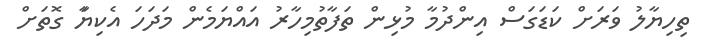
ތިހިޔާލު ވަރަށް ކަޑަގަސް އިންދުމާ މުޅިން ތަފާތުމިހާރު އައްޔަމެން މަދަހަ އެކިޔާަ ގޮތަށް